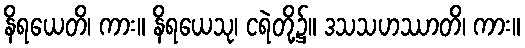
နိရယေတိ၊ ကား။ နိရယေသု၊ ငရဲတို့၌။ ဒသသဟဿာတိ၊ ကား။